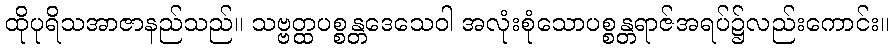
ထိုပုရိသအာဇာနည်သည်။ သဗ္ဗတ္ထပစ္စန္တဒေသေဝါ အလုံးစုံသောပစ္စန္တရာဇ်အရပ်၌လည်းကောင်း။